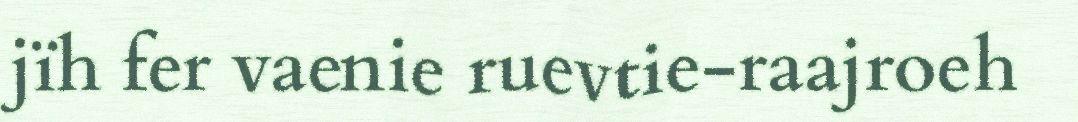
jïh fer vaenie ruevtie-raajroeh